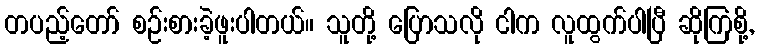
တပည့်တော် စဉ်းစားခဲ့ဖူးပါတယ်။ သူတို့ ပြောသလို ငါက လူထွက်ပါပြီ ဆိုကြစို့,